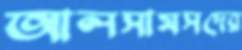
আলসামসদের